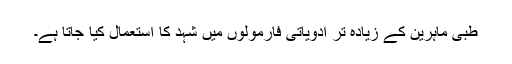
طبی ماہرین کے زیادہ تر ادویاتی فارمولوں میں شہد کا استعمال کیا جاتا ہے۔